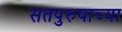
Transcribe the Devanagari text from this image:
सतपुरुषाच्या